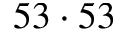
5 3 \cdot 5 3